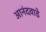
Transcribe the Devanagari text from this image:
आनंदवाडे